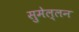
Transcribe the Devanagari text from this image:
सुमेल्लन